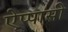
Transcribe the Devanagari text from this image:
ऐप्पासी